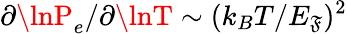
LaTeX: \partial\lnP_{e}/\partial\lnT\sim(k_{B}T/E_{\mathfrak{F}})^{2}